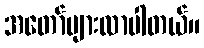
အတော်များလာပါတယ်။